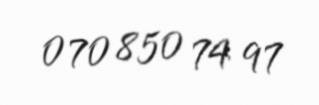
070 850 74 97